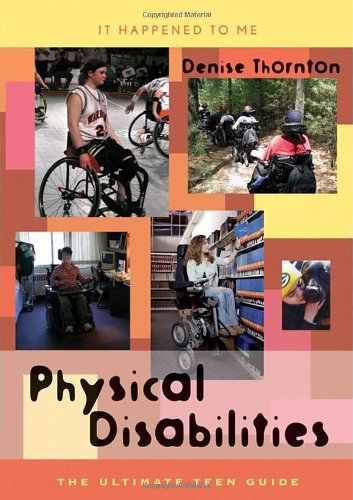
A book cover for Physical Disabilities: The Ultimate Teen Guide (It Happened to Me); Denise Thornton; Teen & Young Adult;